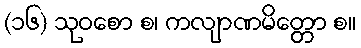
(၁၆) သုဝစော စ၊ ကလျာဏမိတ္တော စ။